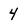
Character: 4